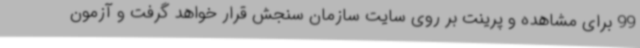
99 برای مشاهده و پرینت بر روی سایت سازمان سنجش قرار خواهد گرفت و آزمون